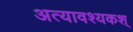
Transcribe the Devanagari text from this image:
अत्यावश्यकश्